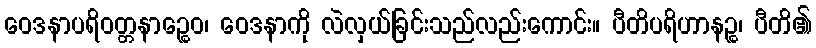
ဝေဒနာပရိဝတ္တနာဉ္စေဝ၊ ဝေဒနာကို လဲလှယ်ခြင်းသည်လည်းကောင်း။ ပီတိပရိဟာနဉ္စ၊ ပီတိ၏